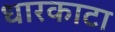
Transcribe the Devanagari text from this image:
धारकाटा